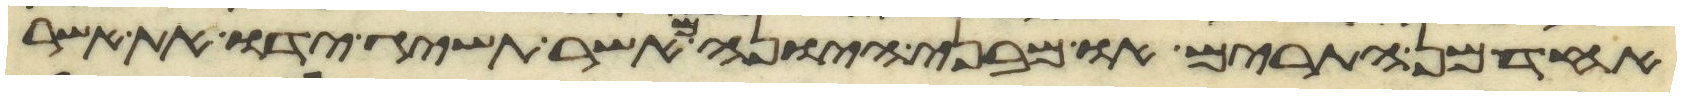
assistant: האחד מן התרים או מבני היונה מאשר תשיג ידו את אשר